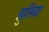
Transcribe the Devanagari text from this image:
झुलिया